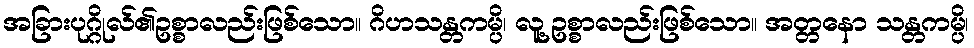
အခြားပုဂ္ဂိုလ်၏ဥစ္စာလည်းဖြစ်သော။ ဂိဟသန္တကမ္ပိ၊ လူ့ဥစ္စာလည်းဖြစ်သော။ အတ္တနော သန္တကမ္ပိ၊